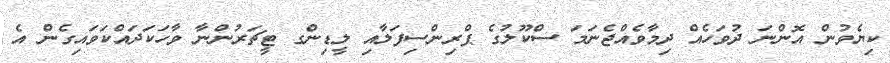
ކިޔެވުން އޮންނަ ދުވަހެއް ދިމާވެއްޖެނަމަ ސްކޫލުގެ ޕްރިންސިފަލާއި ލީޑިންގ ޓީޗަރުންނާ ވާހަކަދައްކަވައިގެން އެ